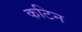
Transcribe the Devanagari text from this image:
कटिन